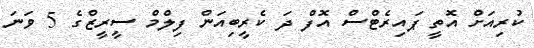
ކުރިއަށް އޮތީ ޕައިރެޓްސް އޮފް ދަ ކެރީބިއަން ފިލްމް ސީރީޒްގެ 5 ވަނަ